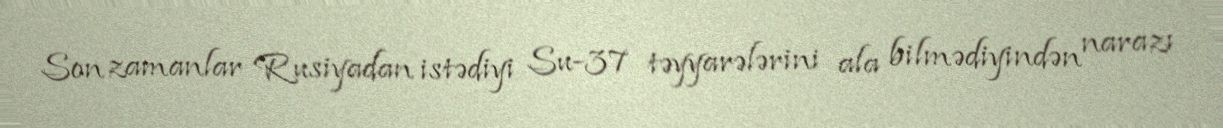
Son zamanlar Rusiyadan istədiyi Su-37 təyyarələrini ala bilmədiyindən narazı